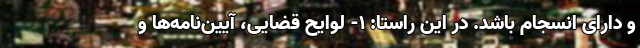
و دارای انسجام باشد. در این راستا: ١- لوایح قضایی، آیین‌نامه‌ها و